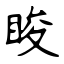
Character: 睃